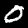
Digit: 0